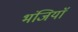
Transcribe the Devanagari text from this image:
भंजियाॅ